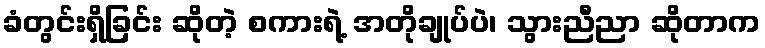
ခံတွင်းရှိခြင်း ဆိုတဲ့ စကားရဲ့ အတိုချုပ်ပဲ၊ သွားညီညာ ဆိုတာက